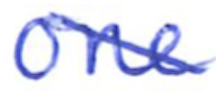
Text: one
Cross-out: diagonal
Writing tool: ballpoint